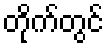
တိုက်တွင်